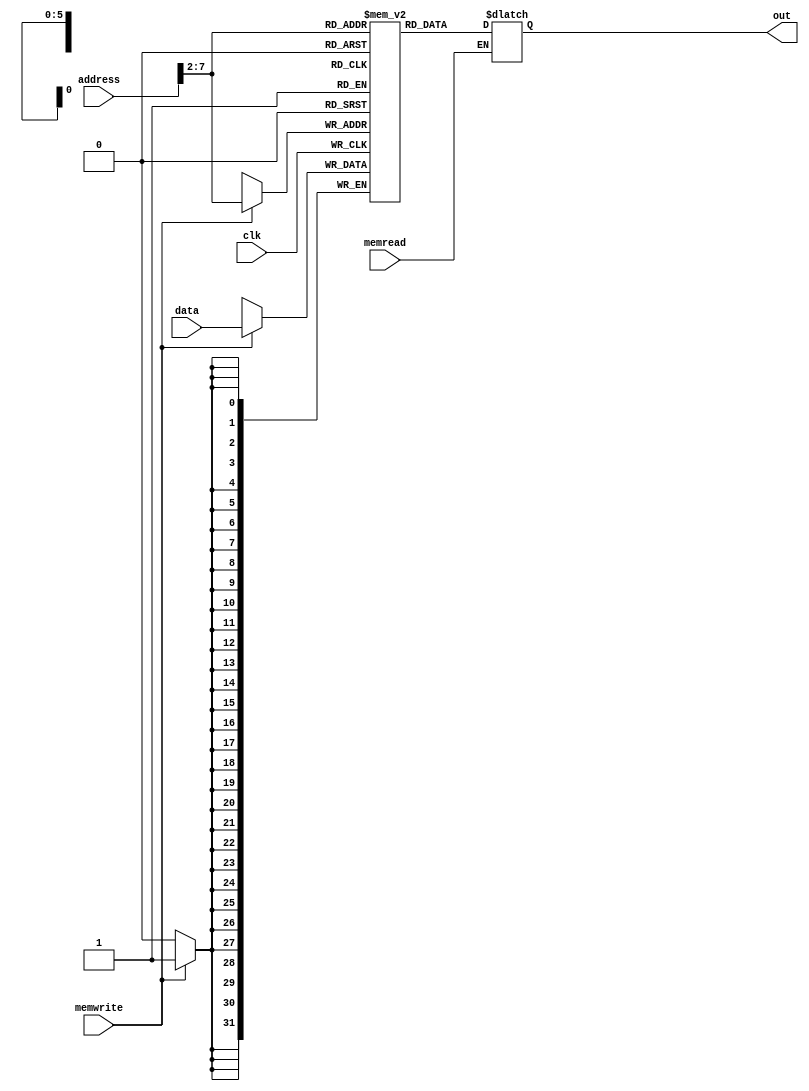
    //INPUT: clk, alu_out, data to write
    //OUTPUT: data read
    //CONTROL: memread (control), memwrite (control)

module mem(clk, address, data, out, memread, memwrite);
    input clk;
    input [31:0] address, data;
    output reg[31:0] out;
    input memread, memwrite;

    parameter size = 64;    //the size of memory
    reg [31:0] memory [0:size-1];   //the data memory

    //initialize to 0
    integer i;
    initial begin
      for(i=0; i<size; i=i+1)
        memory[i] = 32'b0;
    end

    always @(address[31:2], memread, memory[address>>2]) begin
            if (memread) out=memory[address>>2];
    end
        always @(posedge clk) begin
            
            if (memwrite) memory[address>>2]=data;
        end

endmodule